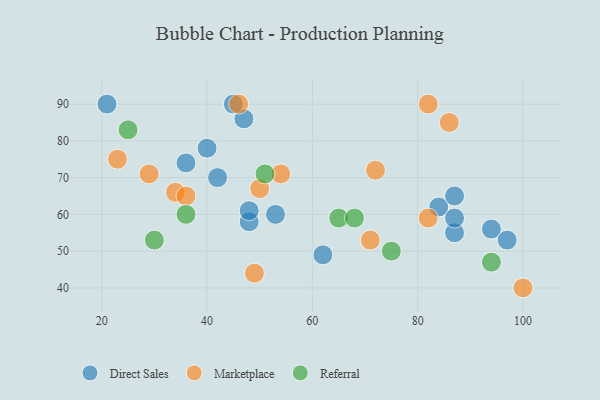
{"axis": {"x": "GDP", "y": "Life Expectancy"}, "legend": ["Direct Sales", "Marketplace", "Referral"], "data": [{"x": "40", "y": 78, "type": "Direct Sales"}, {"x": "94", "y": 56, "type": "Direct Sales"}, {"x": "84", "y": 62, "type": "Direct Sales"}, {"x": "47", "y": 86, "type": "Direct Sales"}, {"x": "53", "y": 60, "type": "Direct Sales"}, {"x": "87", "y": 55, "type": "Direct Sales"}, {"x": "48", "y": 58, "type": "Direct Sales"}, {"x": "21", "y": 90, "type": "Direct Sales"}, {"x": "36", "y": 74, "type": "Direct Sales"}, {"x": "87", "y": 65, "type": "Direct Sales"}, {"x": "62", "y": 49, "type": "Direct Sales"}, {"x": "97", "y": 53, "type": "Direct Sales"}, {"x": "42", "y": 70, "type": "Direct Sales"}, {"x": "87", "y": 59, "type": "Direct Sales"}, {"x": "45", "y": 90, "type": "Direct Sales"}, {"x": "48", "y": 61, "type": "Direct Sales"}, {"x": "82", "y": 59, "type": "Marketplace"}, {"x": "86", "y": 85, "type": "Marketplace"}, {"x": "34", "y": 66, "type": "Marketplace"}, {"x": "71", "y": 53, "type": "Marketplace"}, {"x": "49", "y": 44, "type": "Marketplace"}, {"x": "72", "y": 72, "type": "Marketplace"}, {"x": "46", "y": 90, "type": "Marketplace"}, {"x": "100", "y": 40, "type": "Marketplace"}, {"x": "54", "y": 71, "type": "Marketplace"}, {"x": "23", "y": 75, "type": "Marketplace"}, {"x": "82", "y": 90, "type": "Marketplace"}, {"x": "29", "y": 71, "type": "Marketplace"}, {"x": "36", "y": 65, "type": "Marketplace"}, {"x": "50", "y": 67, "type": "Marketplace"}, {"x": "36", "y": 60, "type": "Referral"}, {"x": "75", "y": 50, "type": "Referral"}, {"x": "25", "y": 83, "type": "Referral"}, {"x": "94", "y": 47, "type": "Referral"}, {"x": "65", "y": 59, "type": "Referral"}, {"x": "68", "y": 59, "type": "Referral"}, {"x": "51", "y": 71, "type": "Referral"}, {"x": "30", "y": 53, "type": "Referral"}]}